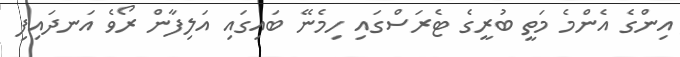
އިންގެ އެންމެ މަތީ ބުރީގެ ޓެރަސްގައި ހިމެނޭ ބައިގައި އަލިފާން ރޯވެ އަނދައިފި